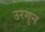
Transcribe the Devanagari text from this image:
उरगुन